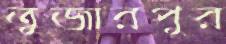
তুজারপুর